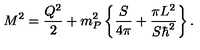
M ^ { 2 } = { \frac { Q ^ { 2 } } { 2 } } + { m _ { P } ^ { 2 } } \left\{ { \frac { S } { 4 \pi } } + { \frac { \pi L ^ { 2 } } { S \hbar ^ { 2 } } } \right\} .